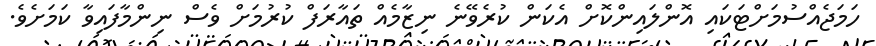
ހަމަޖެއްސުމަށްޓަކައި އޮންލައިންކޮށް އެކަން ކުރެވޭނެ ނިޒާމެއް ތައާރަފް ކުރުމަށް ވެސް ނިންމާފައިވާ ކަމަށެވެ.